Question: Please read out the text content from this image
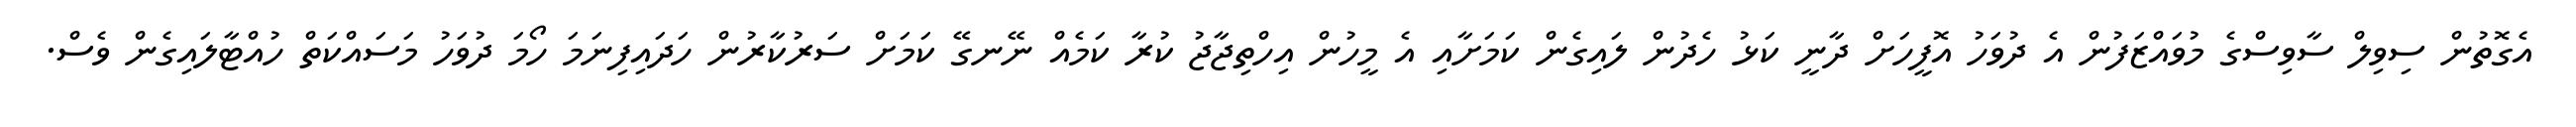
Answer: އެގޮތުން ސިވިލް ސާވިސްގެ މުވައްޒަފުން އެ ދުވަހު އޮފީހަށް ދާނީ ކަޅު ހެދުން ލައިގެން ކަމަށާއި އެ މީހުން އިހްތިޖާޖު ކުރާ ކަމެއް ނޭނގޭ ކަމަށް ސަރުކާރުން ހަދައިފިނަމަ ހޯމަ ދުވަހު މަސައްކަތް ހުއްޓާލައިގެން ވެސް.